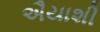
ઐયાશી